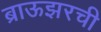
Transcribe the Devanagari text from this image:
ब्राऊझरची